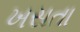
ખસતા